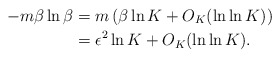
\begin{align*}-m\beta\ln\beta&=m\left(\beta\ln K+O_K(\ln\ln K)\right)\\&=\epsilon^2\ln K+O_K(\ln\ln K).\end{align*}